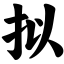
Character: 拟